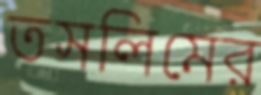
তসলিমের